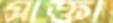
সাক্তা